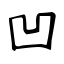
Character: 凹